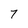
Character: 7